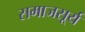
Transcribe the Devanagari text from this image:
समाजसूर्य